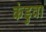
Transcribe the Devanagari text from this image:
कंडुवा